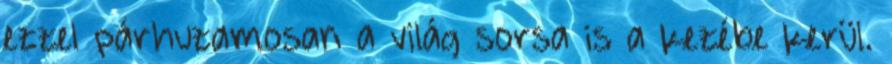
ezzel párhuzamosan a világ sorsa is a kezébe kerül.